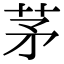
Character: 茅